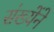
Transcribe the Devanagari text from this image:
संख्येंने